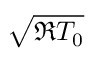
\sqrt { \mathfrak { R } T _ { 0 } }